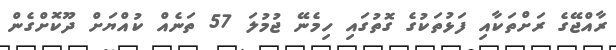
ރާއްޖޭގެ ރަށްތަކާއި ފަޅުތަކުގެ ގޮތުގައި ހިމެނޭ ޖުމުލަ 57 ތަނެއް ކުއްޔަށް ދޫކޮށްގެން